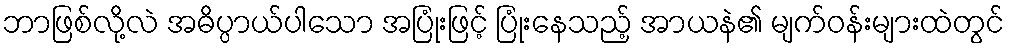
ဘာဖြစ်လို့လဲ အဓိပ္ပာယ်ပါသော အပြုံးဖြင့် ပြုံးနေသည့် အာယနဲ၏ မျက်ဝန်းများထဲတွင်